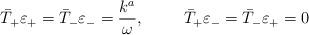
LaTeX: \begin{align*}\bar{T}_+{\varepsilon}_+ = \bar{T}_-\varepsilon_- = \frac{k^a}{\omega}, \hskip 1.0cm \bar{T}_+{\varepsilon}_- = \bar{T}_-\varepsilon_+ = 0\end{align*}